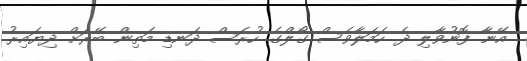
އޭނާ ފޮނުވާލި ދެ ހަމަލާވެސް ގޯލްގެ ހުރަސް ދަނޑި މަތިން ބޭރަށް ދިޔައިރު